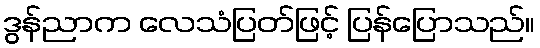
ဒွန်ညာက လေသံပြတ်ဖြင့် ပြန်ပြောသည်။